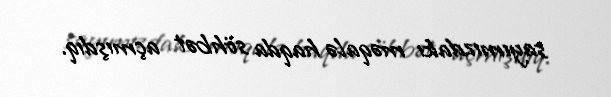
sayımızdakı məqalə haqda söhbət açmışdıq.